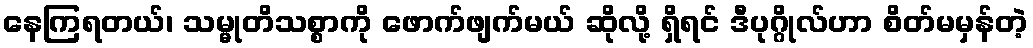
နေကြရတယ်၊ သမ္မုတိသစ္စာကို ဖောက်ဖျက်မယ် ဆိုလို့ ရှိရင် ဒီပုဂ္ဂိုလ်ဟာ စိတ်မမှန်တဲ့